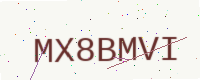
Text: MX8BMVI